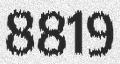
8819